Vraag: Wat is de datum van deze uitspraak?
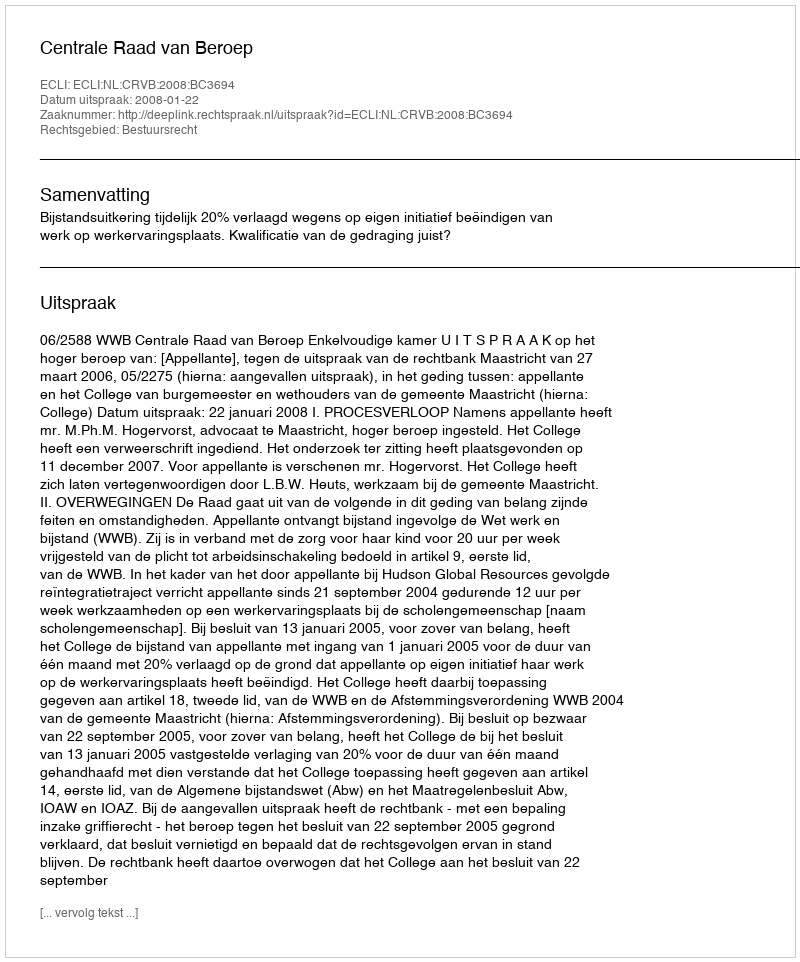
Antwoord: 2008-01-22